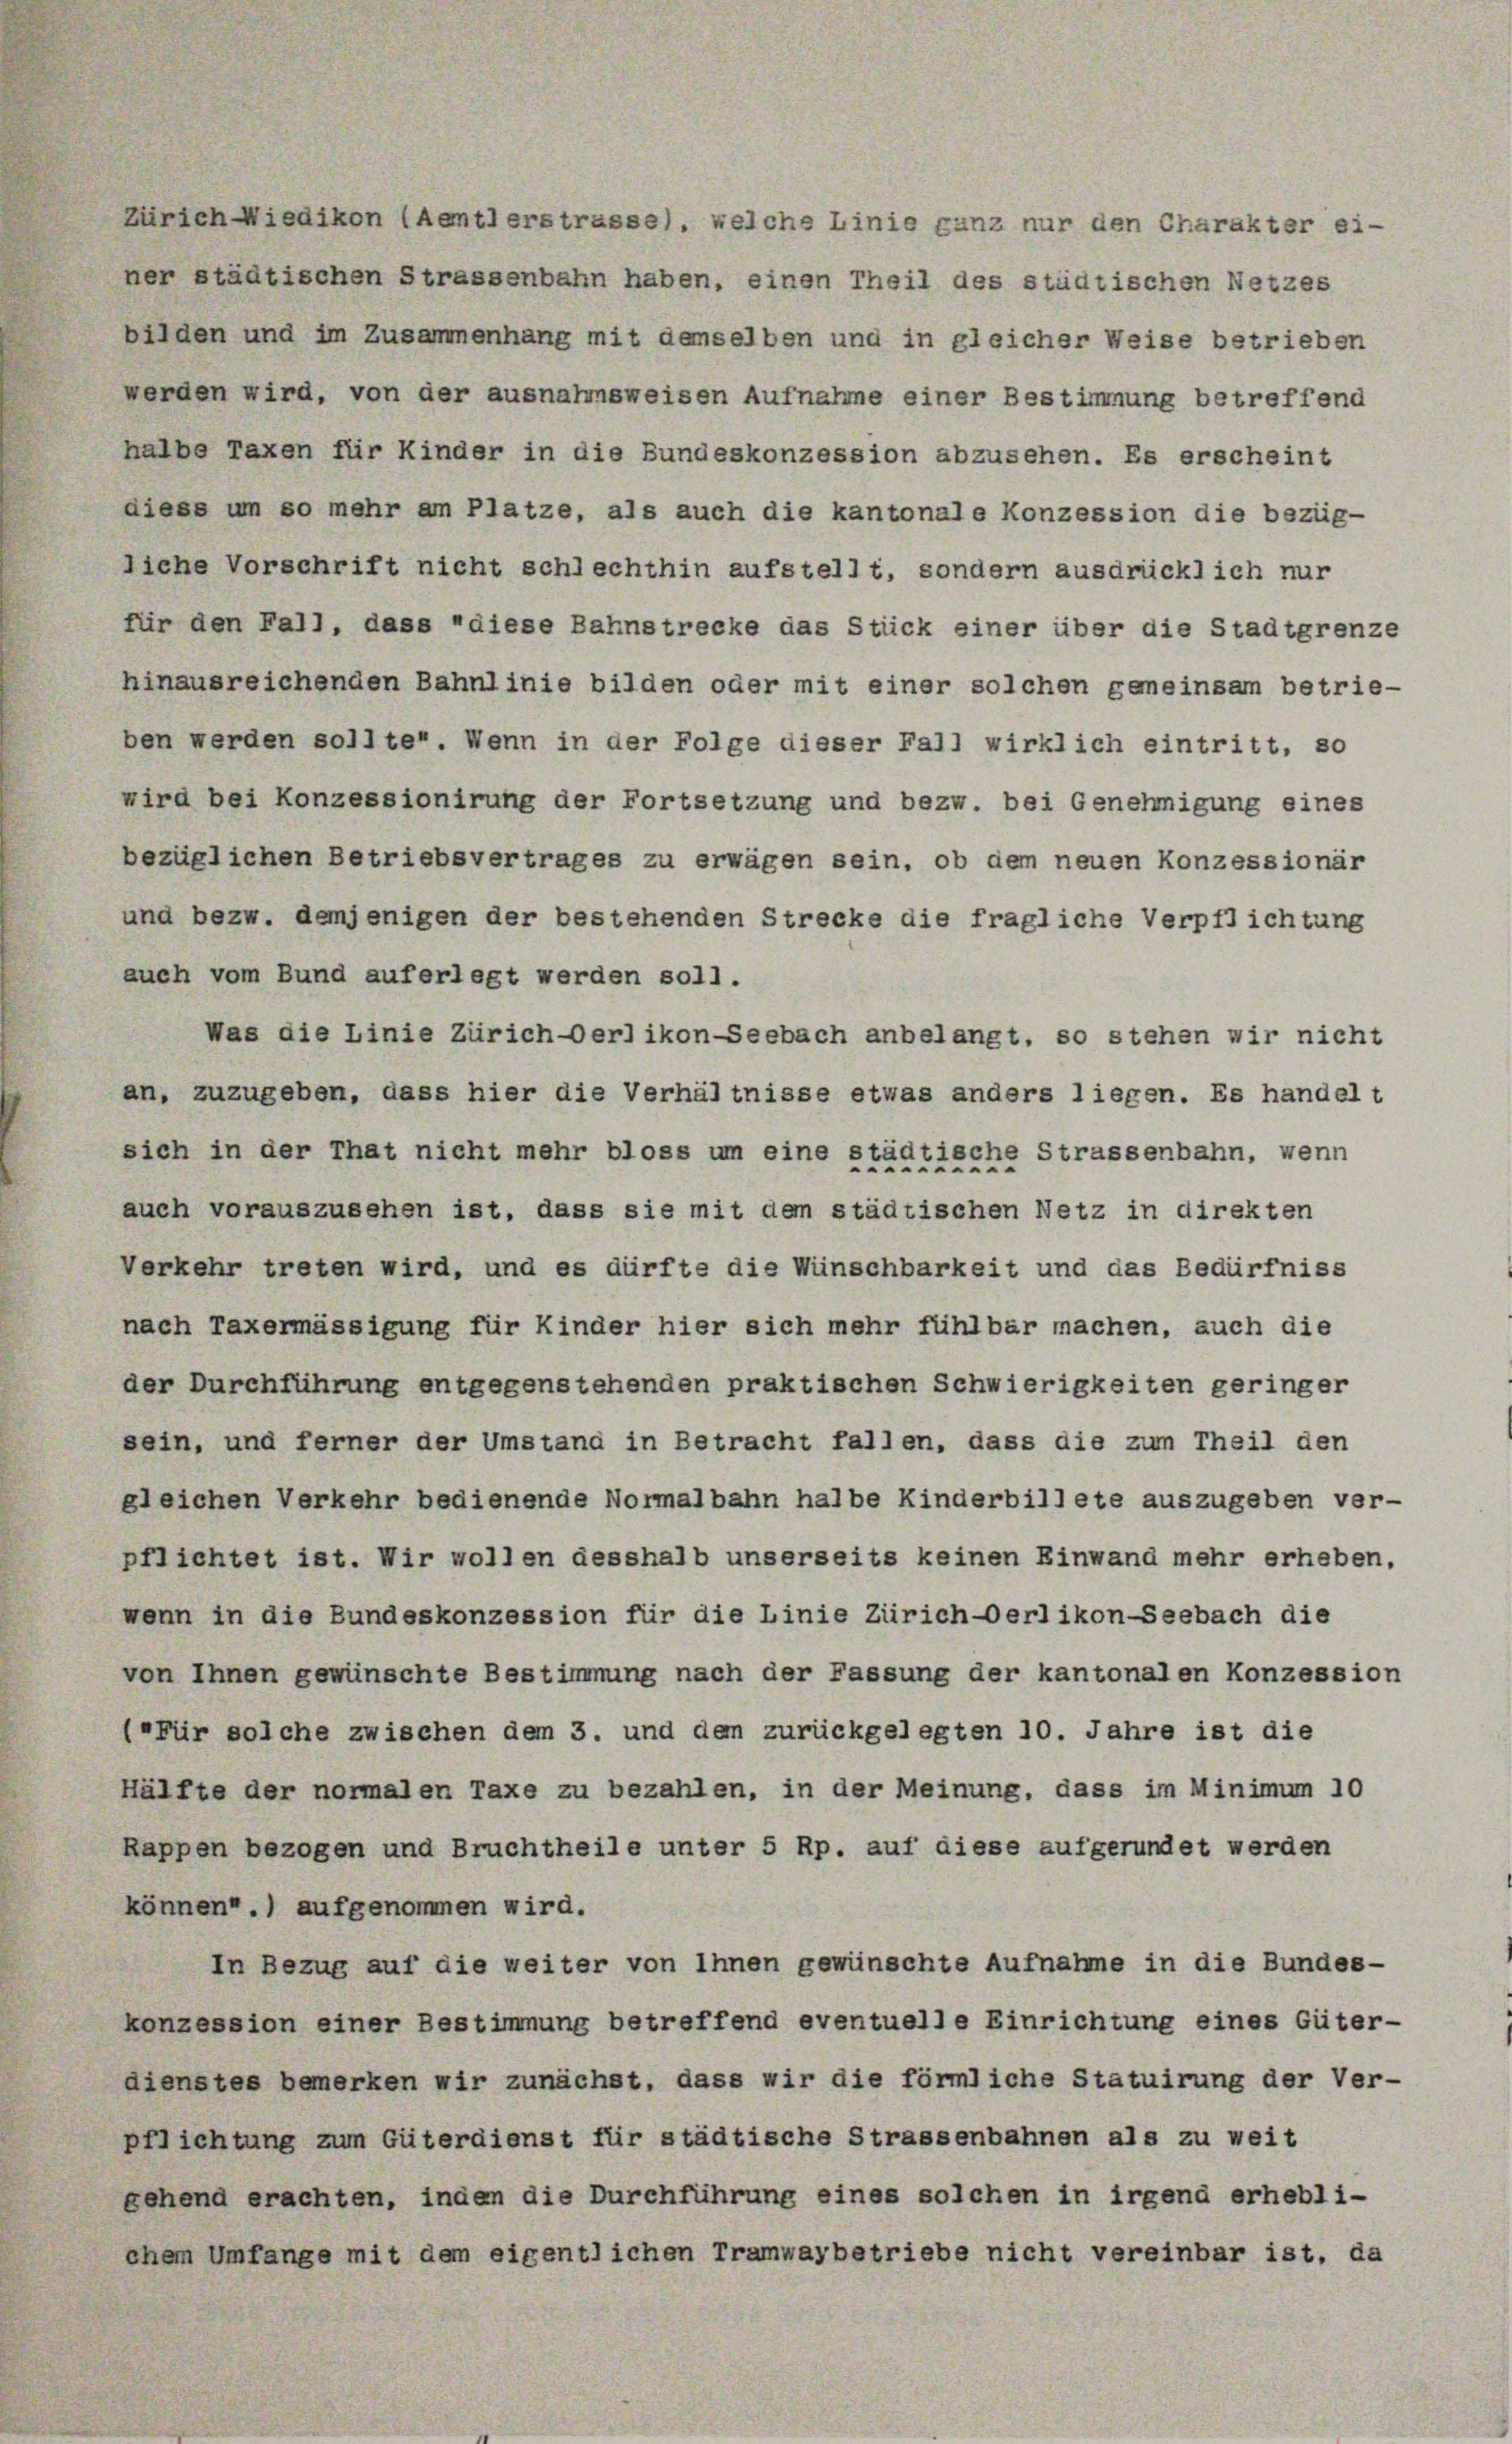
Zürich Wiedikon (Aetlerstrasse), welche Linie ganz nur den Charakter ei-
ner städtischen Strassenbahn haben, einen Theil des städtischen Netzes
bilden und im Zusammenhang mit demselben und in gleicher Weise betrieben
werden wird, von der ausnahmsweisen Aufnahme einer Bestimmung betreffend
halbe Taxen für Kinder in die Bundeskonzession abzusehen. Es erscheint
diese um so mehr am Platze, als auch die kantonale Konzession die bezüg-
liche Vorschrift nicht schlechthin aufstellt, sondern ausdrücklich nur
für den Fall, dass diese Bahnstrecke das Stück einer über die Stadtgrenze
hinausreichenden Bahnlinie bilden oder mit einer solchen geneinsam betrie-
ben werden sollter. Wenn in der Folge dieser Fall wirklich eintritt, so
wird bei Konzessionirung der Fortsetzung und bezw. bei Genehmigung eines
bezüglichen Betriebsvertrages zu erwägen sein, ob dem neuen Konzessionär
und bezw. demjenigen der bestehenden Strecke die fragliche Verpflichtung
auch vom Bund auferlegt werden soll.
Was die Linie Zürich-Oerlikon-Seebach anbelangt, so stehen wir nicht
an, zuzugeben, dass hier die Verhältnisse etwas anders liegen. Es handelt
sich in der That nicht mehr bloss um eine städtische Strassenbahn, wenn
irun
auch vorauszusehen ist, dass sie mit dem städtischen Netz in direkten
Verkehr treten wird, und es dürfte die Wünschbarkeit und das Bedürfniss
nach Taxermässigung für Kinder hier sich mehr fühlbar machen, auch die
der Durchführung entgegenstehenden praktischen Schwierigkeiten geringer
sein, und ferner der Umstand in Betracht fallen, dass die zum Theil den
gleichen Verkehr bedienende Normalbahn halbe Kinderbillete auszugeben ver-
pflichtet ist. Wir wollen desshalb unserseits keinen Einwand mehr erheben,
wenn in die Bundeskonzession für die Linie Zürich-Oerlikon-Seebach die
von Ihnen gewünschte Bestimmung nach der Fassung der kantonalen Konzession
(für solche zwischen dem 3. und den zurückgelegten 10. Jahre ist die
Hälfte der normalen Taxe zu bezahlen, in der Meinung, dass im Minimum 10
Rappen bezogen und Bruchtheile unter 5 Rp. auf diese aufgerundet werden
können.) aufgenommen wird.
In Bezug auf die weiter von Ihnen gewünschte Aufnahme in die Bundes-
konzession einer Bestimmung betreffend eventuelle Einrichtung eines Güter-
dienstes bemerken wir zunächst, dass wir die förmliche Statuirung der Ver-
pflichtung zum Güterdienst für städtische Strassenbahnen als zu weit
gehend erachten, inden die Durchführung eines solchen in irgend erhebli-
chem Umfange mit dem eigentlichen Tramwaybetriebe nicht vereinbar ist, da